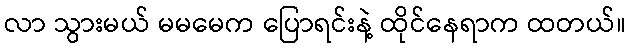
လာ သွားမယ် မမမေက ပြောရင်းနဲ့ ထိုင်နေရာက ထတယ်။